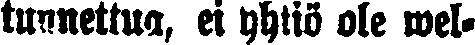
tunnettua, ei yhtiö ole wel-